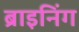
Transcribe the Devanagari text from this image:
ब्राइनिंग